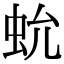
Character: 𧉃